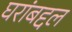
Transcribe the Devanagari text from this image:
घरांबद्दल